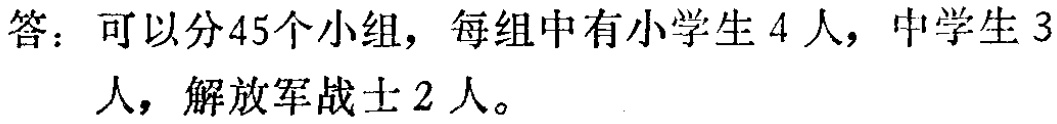
答：可以分45个小组，每组中有小学生4人，中学生3人，解放军战士2人。